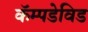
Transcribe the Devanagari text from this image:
कॅम्पडेविड